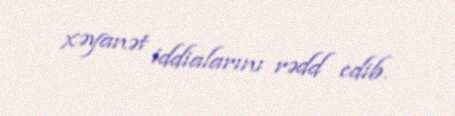
xəyanət iddialarını rədd edib.